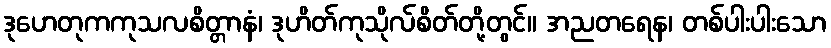
ဒုဟေတုကကုသလစိတ္တာနံ၊ ဒုဟိတ်ကုသိုလ်စိတ်တို့တွင်။ အညတရေန၊ တစ်ပါးပါးသော